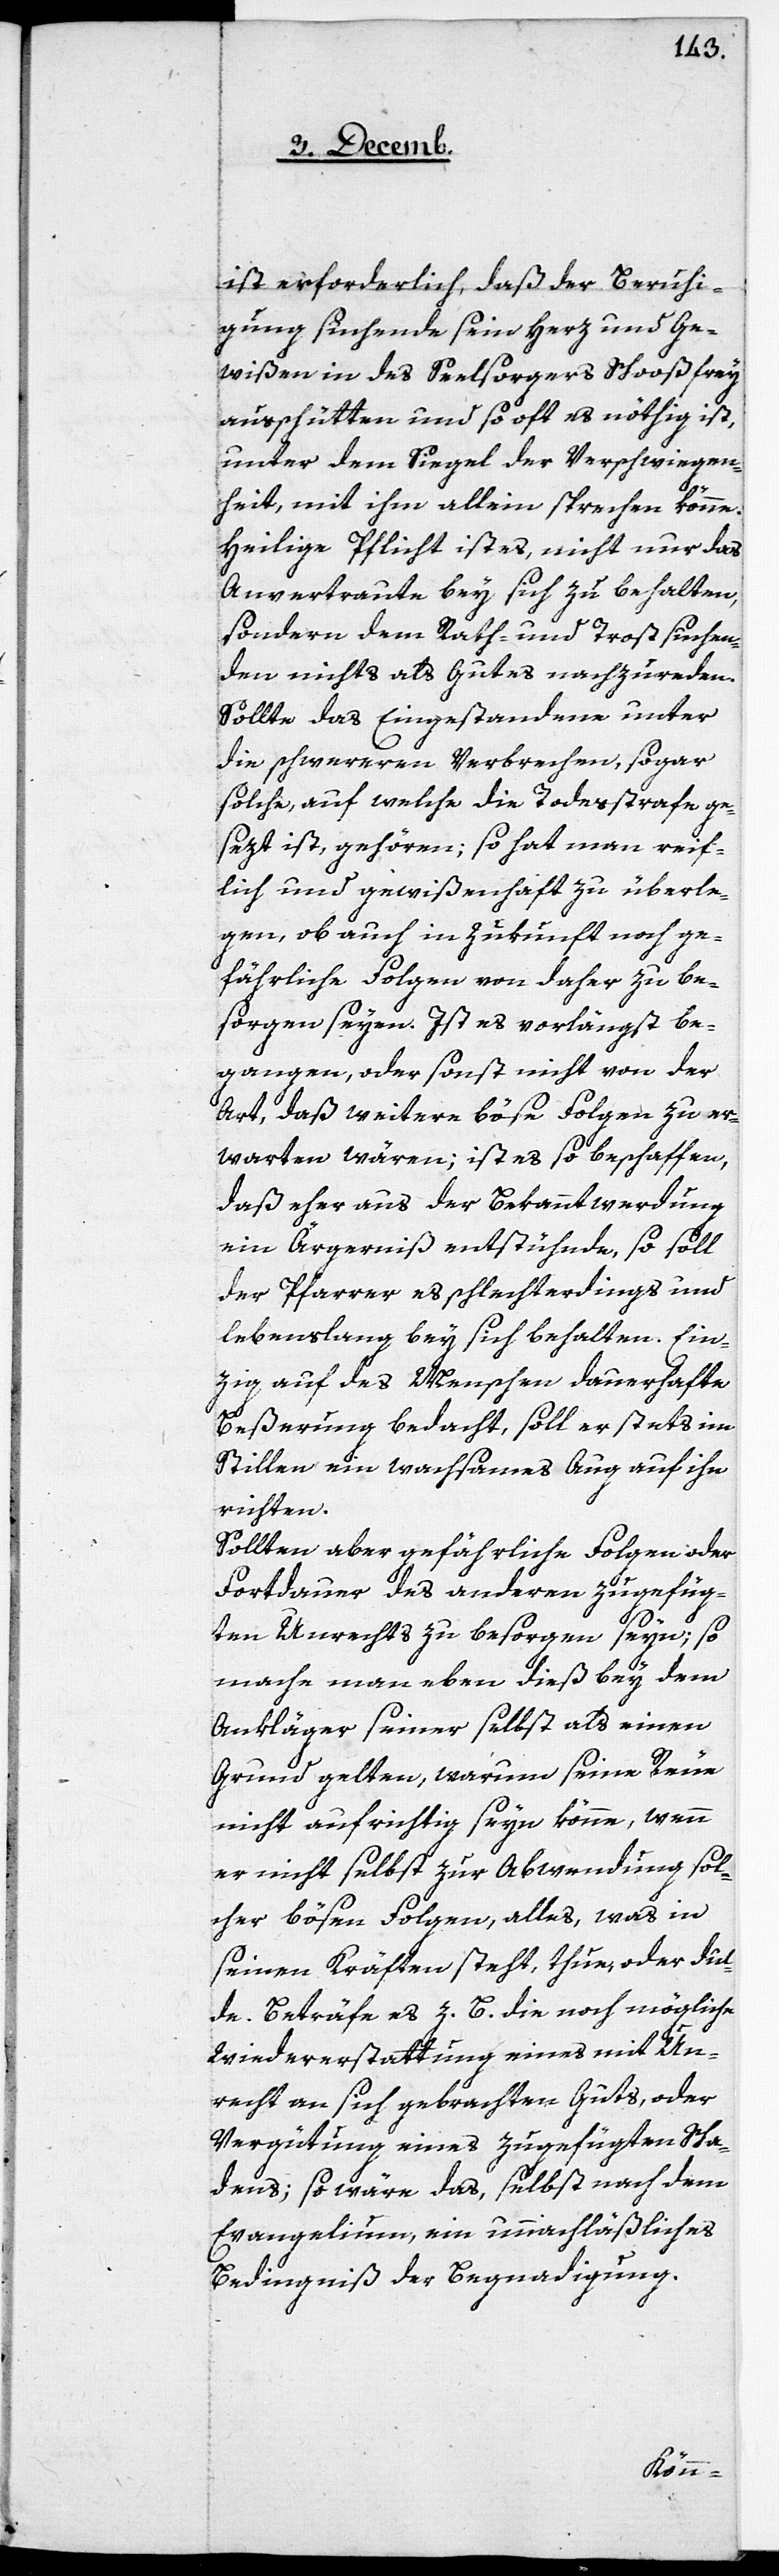
ist erforderlich, daß der Beruhi¬
gung suchende sein Herz und Ge¬
wißen in des Seelsorgers Schoß frey
ausschütten und so oft es nöthig ist,
unter dem Siegel der Verschwiegen¬
heit, mit ihm allein sprechen könne.
Heilige Pflicht ist es, nicht nur das
Anvertraute bey sich zu behalten,
sondern dem Rath- und Trostsuchen¬
den nichts als Gutes nachzureden.
Sollte das Eingestandene unter
die schweren Verbrechen, sogar
solche, auf welche die Todesstrafe ge¬
sezt ist, gehören; so hat man reif¬
lich und gewißenhaft zu überle¬
gen, ob auch in Zukunft noch ge¬
fährliche Folgen von daher zu be¬
sorgen seyen. Ist es vorlängst be¬
gangen, oder sonst nicht von der
Art, daß weitere böse Folgen zu er¬
warten wären; ist es so beschaffen,
daß eher aus der Bekanntwerdung
ein Ärgerniß entstühnde, so soll
der Pfarrer es schlechterdings und
lebenslang bey sich behalten. Ein¬
zig auf des Menschen dauerhafte
Beßerung bedacht, soll er stets im
Stillen ein wachsames Aug auf ihn
richten.
Sollten aber gefährliche Folgen oder
Fortdauer des anderen zugefüg¬
ten Unrechts zu besorgen seyn; so
mache man eben dieß bey dem
Ankläger seiner selbst als einen
Grund gelten, warum seine Reue
nicht aufrichtig seyn könne, wenn
er nicht selbst zur Abwendung sol¬
cher bösen Folgen, alles, was in
seinen Kräften steht, thue, oder dul¬
de. Beträfe es z. B. die noch mögliche
Wiedererstattung eines mit Un¬
recht an sich gebrachten Guts, oder
Vergütung eines zugefügten Scha¬
dens, so wäre das, selbst nach dem
Evangelium, ein unnachläßliches
Bedingniß der Begnadigung.